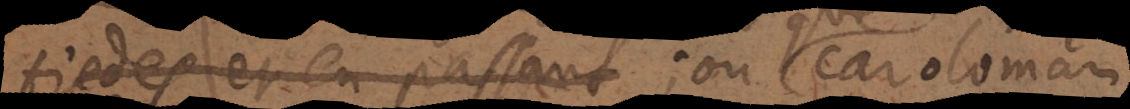
tiedes et en passant; Caroloman,